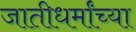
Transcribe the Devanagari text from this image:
जातीधर्मांच्या